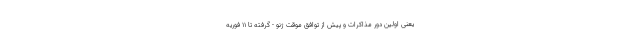
یعنی اولین دور مذاکرات و پیش از توافق موقت ژنو - گرفته تا 11 فوریه